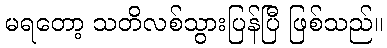
မရတော့ သတိလစ်သွားပြန်ပြီ ဖြစ်သည်။